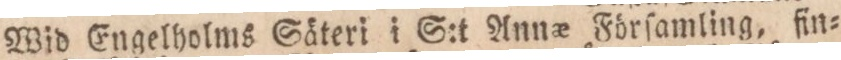
Wid Engelholms Säteri i S:t Annæ Förſamling, fin=